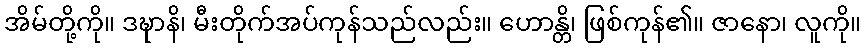
အိမ်တို့ကို။ ဒဍ္ဎာနိ၊ မီးတိုက်အပ်ကုန်သည်လည်း။ ဟောန္တိ၊ ဖြစ်ကုန်၏။ ဇာနော၊ လူကို။